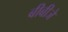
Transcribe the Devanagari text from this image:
बीबीजे